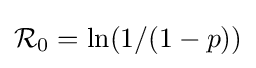
{\mathcal {R}}_{0}=\ln(1/(1-p))